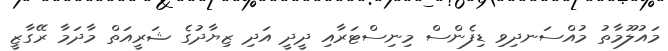
މައުލޫމާތު މުއްސަނދިވި ޑިފެންސް މިނިސްޓަރާއި ދީދީ އަދި ޒިޔާދުގެ ޝަރީއަތް މާދަމާ ރޭގާޒީ